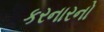
કરનારનો